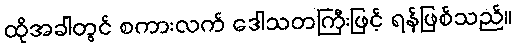
ထိုအခါတွင် စကားလက် ဒေါသတကြီးဖြင့် ရန်ဖြစ်သည်။